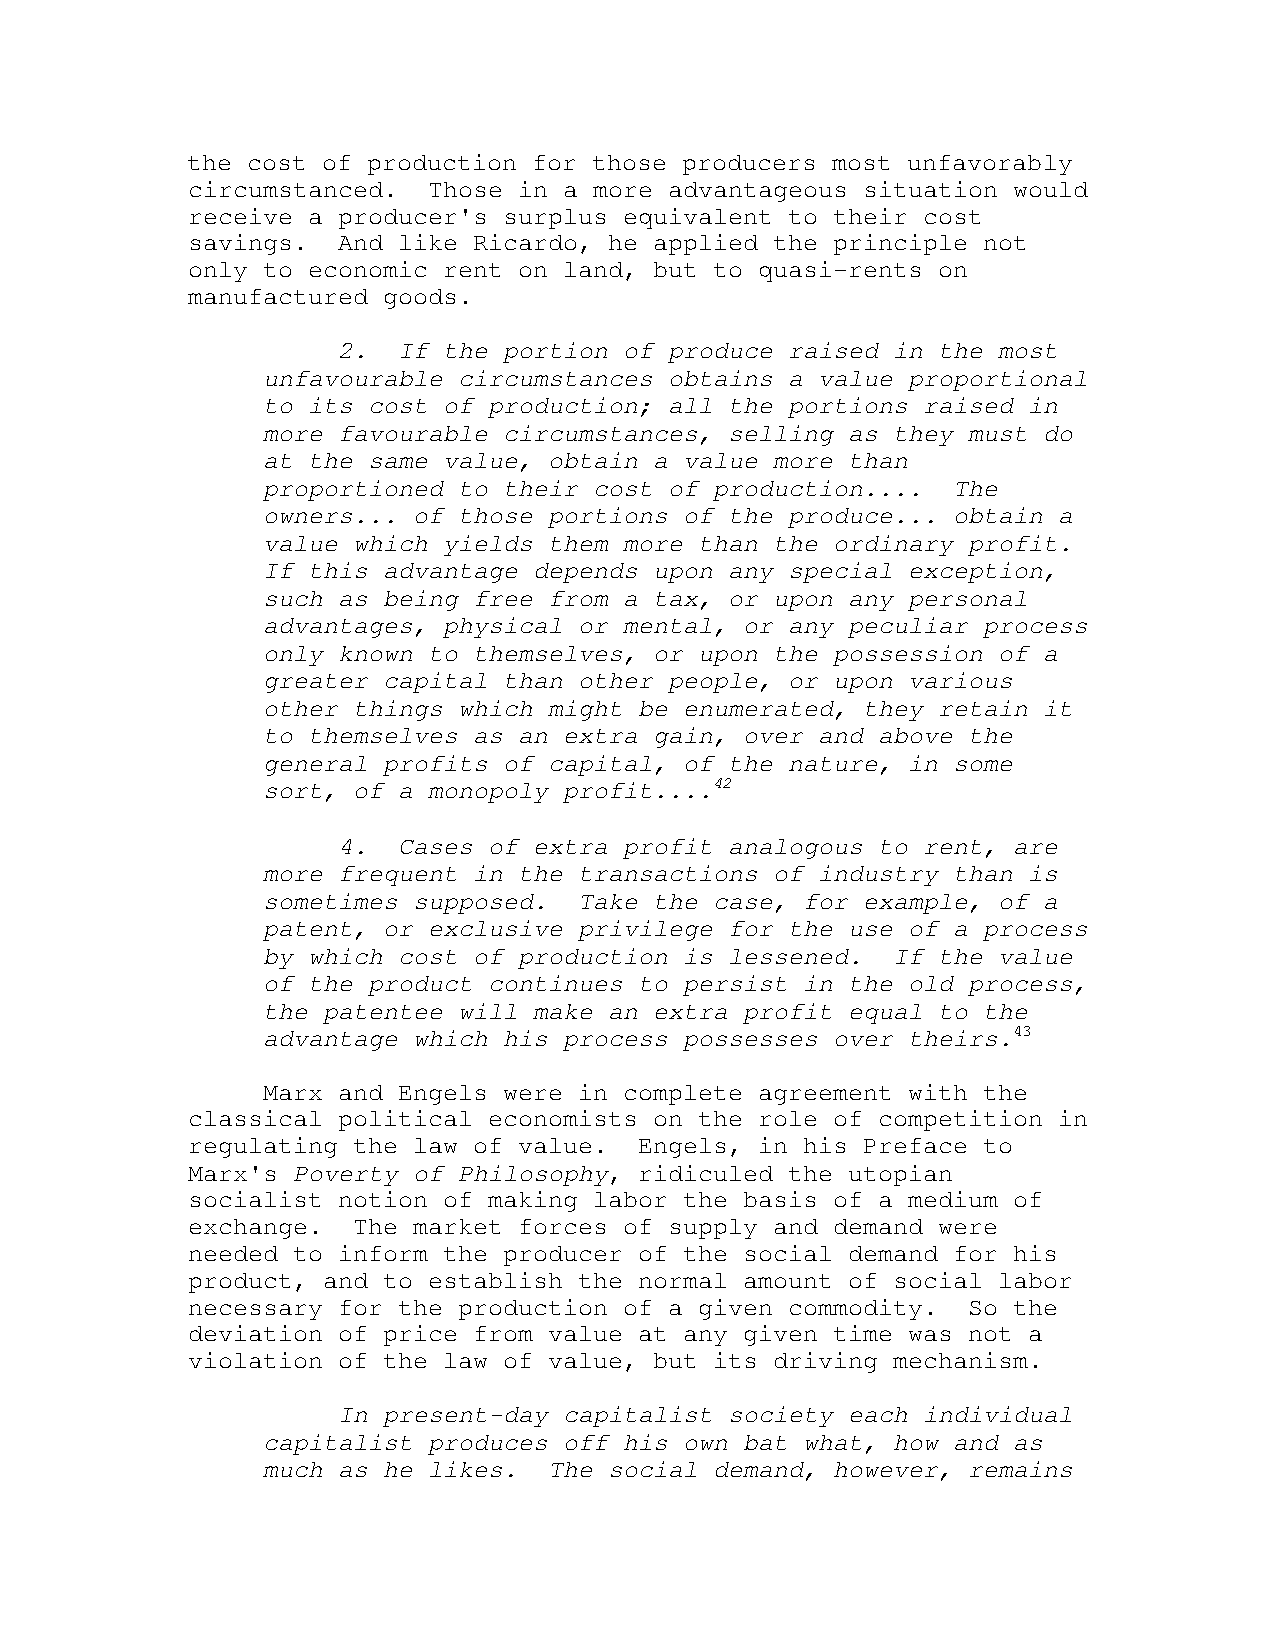
the cost of production for those producers most unfavorably
 circumstanced.  Those in a more advantageous situation would
 receive a producer's surplus equivalent to their cost
 savings.  And like Ricardo, he applied the principle not
 only to economic rent on land, but to quasi-rents on
 manufactured goods.
 2.  If the portion of produce raised in the most
 unfavourable circumstances obtains a value proportional
 to its cost of production; all the portions raised in
 more favourable circumstances, selling as they must do
 at the same value, obtain a value more than
 proportioned to their cost of production....  The
 owners... of those portions of the produce... obtain a
 value which yields them more than the ordinary profit.
 If this advantage depends upon any special exception,
 such as being free from a tax, or upon any personal
 advantages, physical or mental, or any peculiar process
 only known to themselves, or upon the possession of a
 greater capital than other people, or upon various
 other things which might be enumerated, they retain it
 to themselves as an extra gain, over and above the
 general profits of capital, of the nature, in some
 sort, of a monopoly profit....42
 4.  Cases of extra profit analogous to rent, are
 more frequent in the transactions of industry than is
 sometimes supposed.  Take the case, for example, of a
 patent, or exclusive privilege for the use of a process
 by which cost of production is lessened.  If the value
 of the product continues to persist in the old process,
 the patentee will make an extra profit equal to the
 advantage which his process possesses over theirs.43
 Marx and Engels were in complete agreement with the
 classical political economists on the role of competition in
 regulating the law of value.  Engels, in his Preface to
 Marx's Poverty of Philosophy, ridiculed the utopian
 socialist notion of making labor the basis of a medium of
 exchange.  The market forces of supply and demand were
 needed to inform the producer of the social demand for his
 product, and to establish the normal amount of social labor
 necessary for the production of a given commodity.  So the
 deviation of price from value at any given time was not a
 violation of the law of value, but its driving mechanism.
 In present-day capitalist society each individual
 capitalist produces off his own bat what, how and as
 much as he likes.  The social demand, however, remains